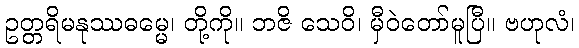
ဥတ္တရိမနုဿဓမ္မေ၊ တို့ကို။ ဘဇိ သေဝိ၊ မှီဝဲတော်မူပြီ။ ဗဟုလံ၊